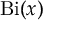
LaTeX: \operatorname { B i } ( x )